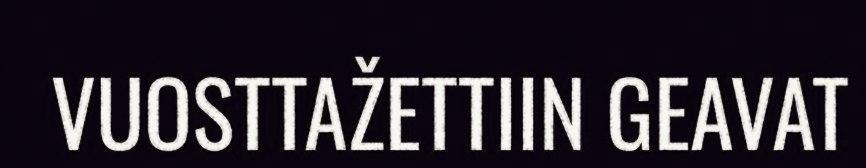
VUOSTTAŽETTIIN GEAVAT